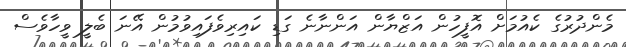
މެންދުރުގެ ކެއުމަށް އޮފީހުން އަޒްޔާން އަންނާނެ ގަޑި ކައިރިވެފައިވުމުން އޭނަ ބެލީ ވީހާވެސް